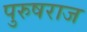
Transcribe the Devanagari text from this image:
पुरुषराज